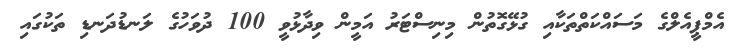
އެމްޕީއެލްގެ މަސައްކަތްތަކާއި ގުޅޭގޮތުން މިނިސްޓަރު އަމީން ވިދާޅުވީ 100 ދުވަހުގެ ލަނޑުދަނޑި ތަކުގައި